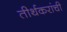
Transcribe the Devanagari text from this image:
तीर्थकरांची